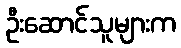
ဦးဆောင်သူများက